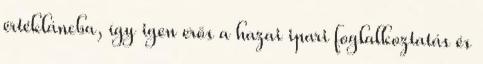
értékláncba, így igen erős a hazai ipari foglalkoztatás és